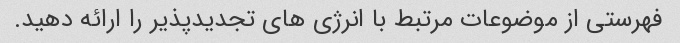
فهرستی از موضوعات مرتبط با انرژی های تجدیدپذیر را ارائه دهید.